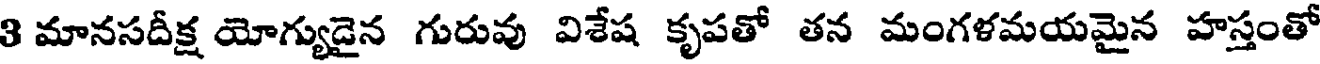
3 మానసదీక్ష యోగ్యుదైన గురువు విశేష కృపతో తన మంగళమయమైన హస్తంతో